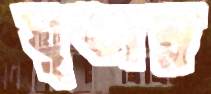
ঘৃতান্ন